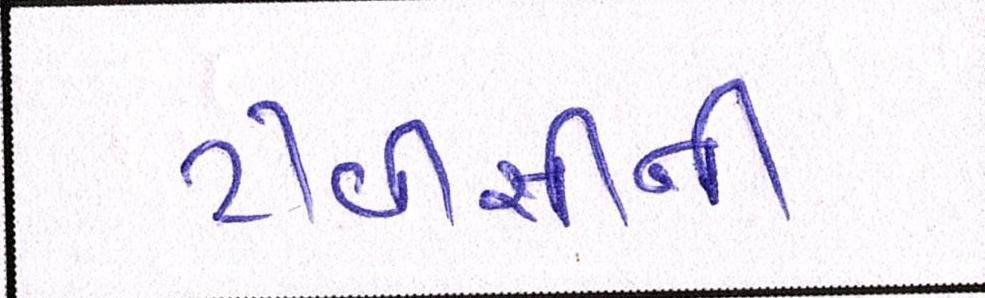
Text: ટીવીસીની